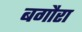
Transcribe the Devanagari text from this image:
बगौरा